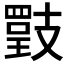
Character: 𢻡